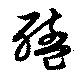
醯